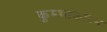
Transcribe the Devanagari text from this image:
कुम्भाकोड़म